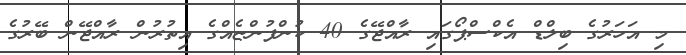
މި އަހަރުގެ ބިލްޑް އެކްސްޕޯގައި ރާއްޖޭގެ 40 ކުންފުންޏެއްގެ އިތުރުން ރާއްޖޭން ބޭރުގެ